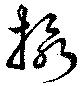
攝